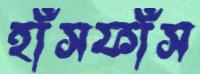
হাঁসফাঁস